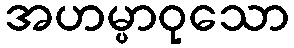
အဟမ္ပာဝုသော